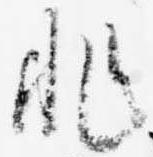
非